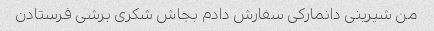
من شیرینی دانمارکی سفارش دادم بجاش شکری برشی فرستادن